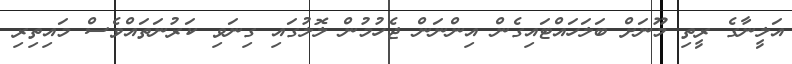
އަލީނާގެ ރީތި މޫނަށް ބަލަހައްޓައިގެން އިންނަން ޖެހުމުން ލޮލުގައި ގިނަވި ކަރުނަތައްވެސް މައިތިރި